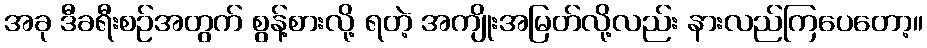
အခု ဒီခရီးစဉ်အတွက် စွန့်စားလို့ ရတဲ့ အကျိုးအမြတ်လို့လည်း နားလည်ကြပေတော့။